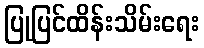
ပြုပြင်ထိန်းသိမ်းရေး